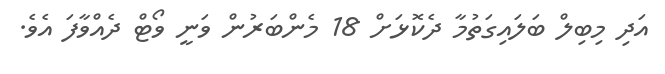
އަދި މިބިލް ބަލައިގަތުމާ ދެކޮޅަށް 18 މެންބަރުން ވަނީ ވޯޓް ދެއްވާފަ އެެވެ.